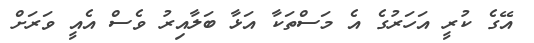
އޭގެ ކުރީ އަހަރުގެ އެ މަސްތަކާ އަޅާ ބަލާއިރު ވެސް އެއީ ވަރަށް